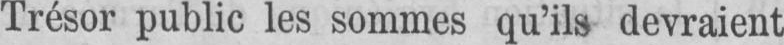
Trésor public les sommes qu’ils devraient